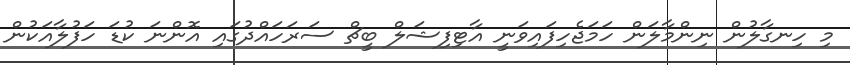
މި ހިނގާލުން ނިންމާލަން ހަމަޖެހިފައިވަނީ އާޓިފިޝަލް ބީޗް ސަރަހައްދުގައި އޮންނަ ކުޑަ ހަފުލާއަކުން